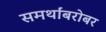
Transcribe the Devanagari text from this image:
समर्थांबरोबर